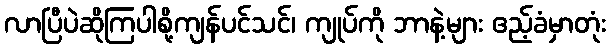
လာပြီပဲဆိုကြပါစို့ကျန်ပင်သင်၊ ကျုပ်ကို ဘာနဲ့များ ဧည့်ခံမှာတုံး